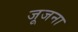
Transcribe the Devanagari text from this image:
जूजना